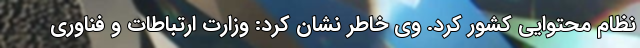
نظام محتوایی کشور کرد. وی خاطر نشان کرد: وزارت ارتباطات و فناوری